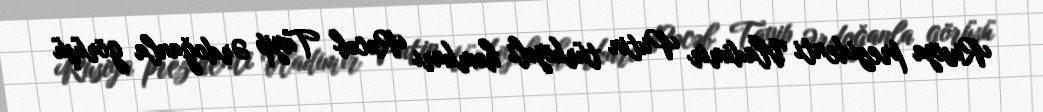
Rusiya prezidenti Vladimir Putin türkiyəli həmkarı Rəcəb Tayip Ərdoğanla görüşü